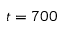
t = 7 0 0